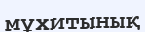
мұхитынық